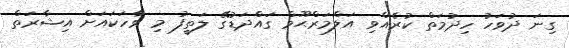
ގިނަ ދުވަހު ހިދުމަތް ކުރެއްވި އަލްމަރްޙޫމް ގައްދަޑުގޭ ލަތީފު މި ވާހަކައަށް އިޝާރަތް